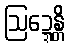
ဩဍ္ဍေန္တိ